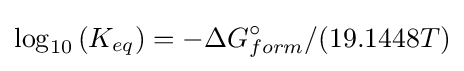
\log _{10}\left(K_{eq}\right)=-\Delta G_{form}^{\circ }/(19.1448T)